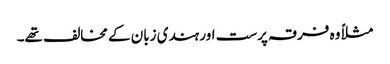
مثلاً وہ فرقہ پرست اور ہندی زبان کے مخالف تھے۔